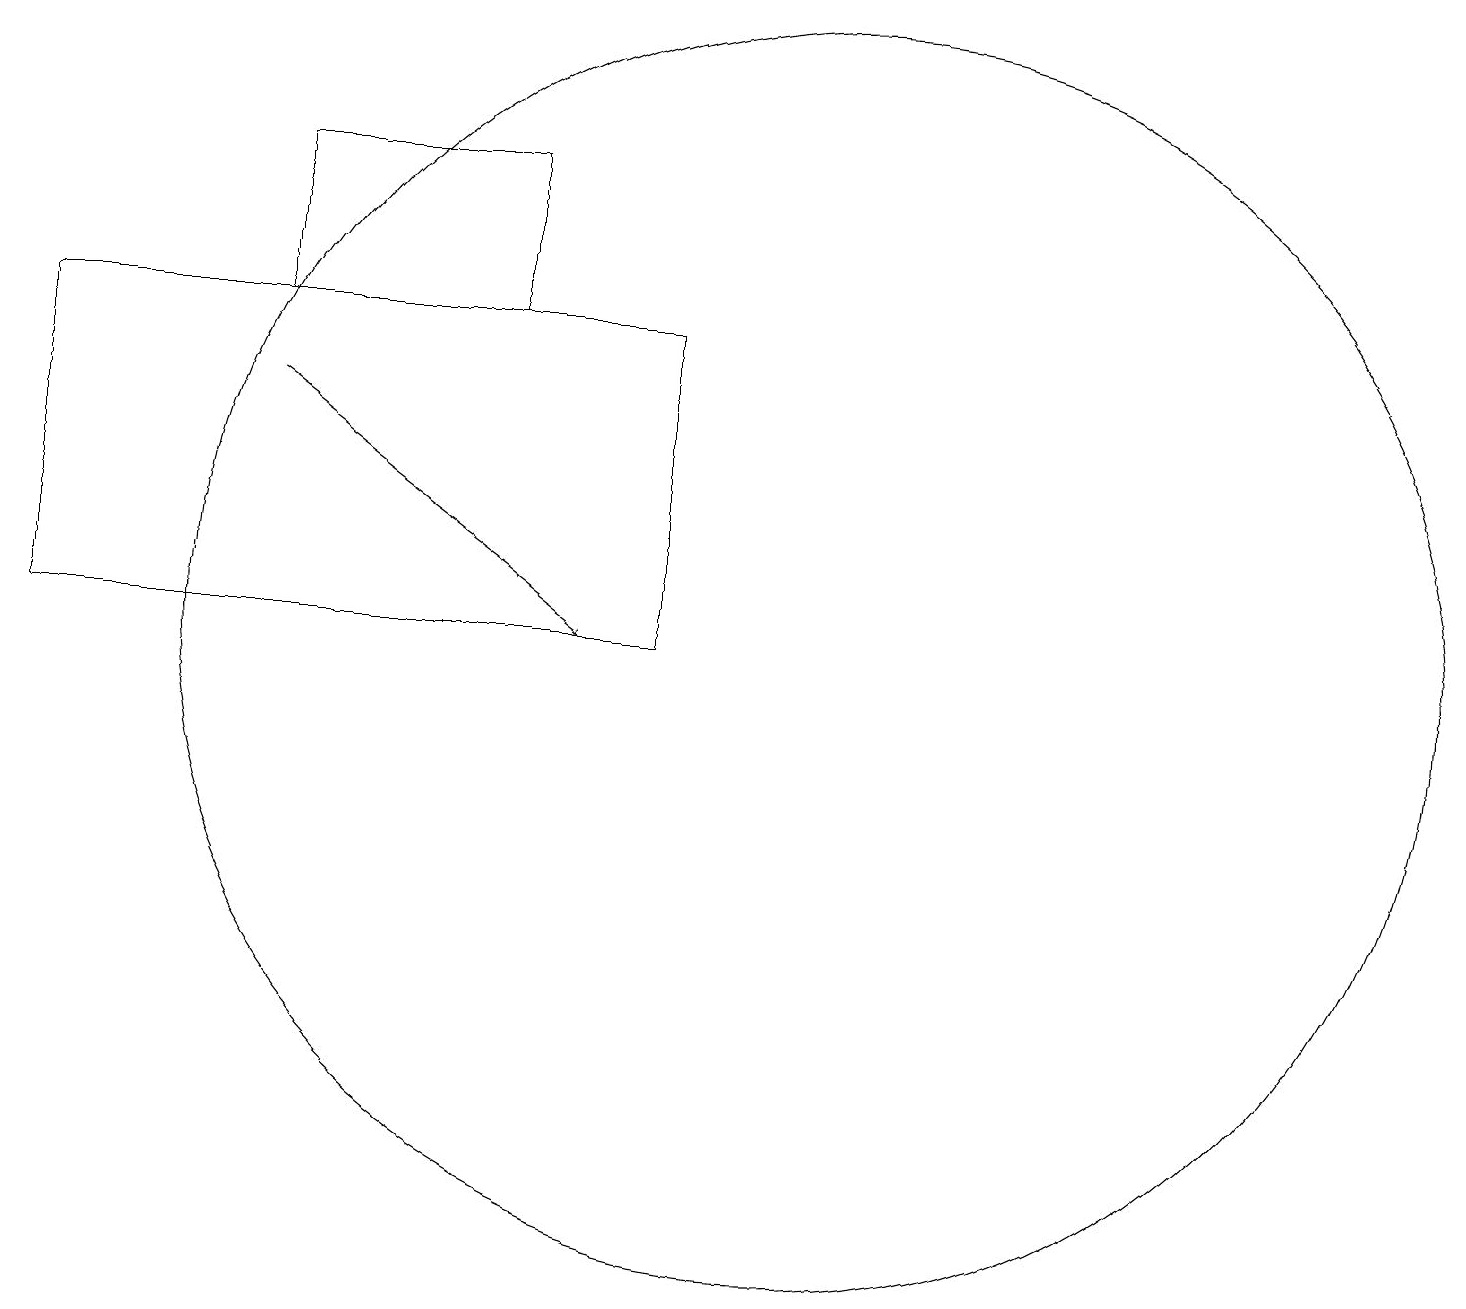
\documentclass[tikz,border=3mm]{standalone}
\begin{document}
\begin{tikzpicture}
\draw[->] (4,14) -- (8,11);
\draw (11,11) circle (8);
\draw (7,17) rectangle (4,15);
\draw (9,15) rectangle (1,11);
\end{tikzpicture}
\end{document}